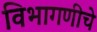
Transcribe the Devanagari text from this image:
विभागणीचे